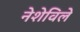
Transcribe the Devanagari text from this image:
नेशेविले